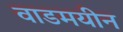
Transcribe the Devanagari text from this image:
वाडमयीन